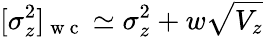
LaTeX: [\sigma_{z}^{2}]_{\mathrm{~w~c~}}\simeq\sigma_{z}^{2}+w\sqrt{V_{z}}